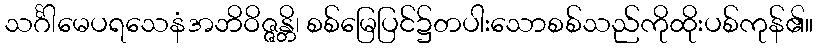
သင်္ဂါမေပရသေနံအဘိဝိဇ္ဇန္တိ၊ စစ်မြေပြင်၌တပါးသောစစ်သည်ကိုထိုးပစ်ကုန်၏။